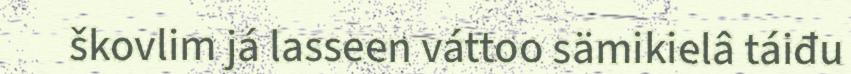
škovlim já lasseen váttoo sämikielâ táiđu